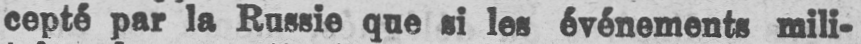
cepté par la Russie que si les événements mili-